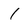
Character: 1